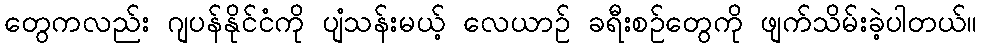
တွေကလည်း ဂျပန်နိုင်ငံကို ပျံသန်းမယ့် လေယာဉ် ခရီးစဉ်တွေကို ဖျက်သိမ်းခဲ့ပါတယ်။